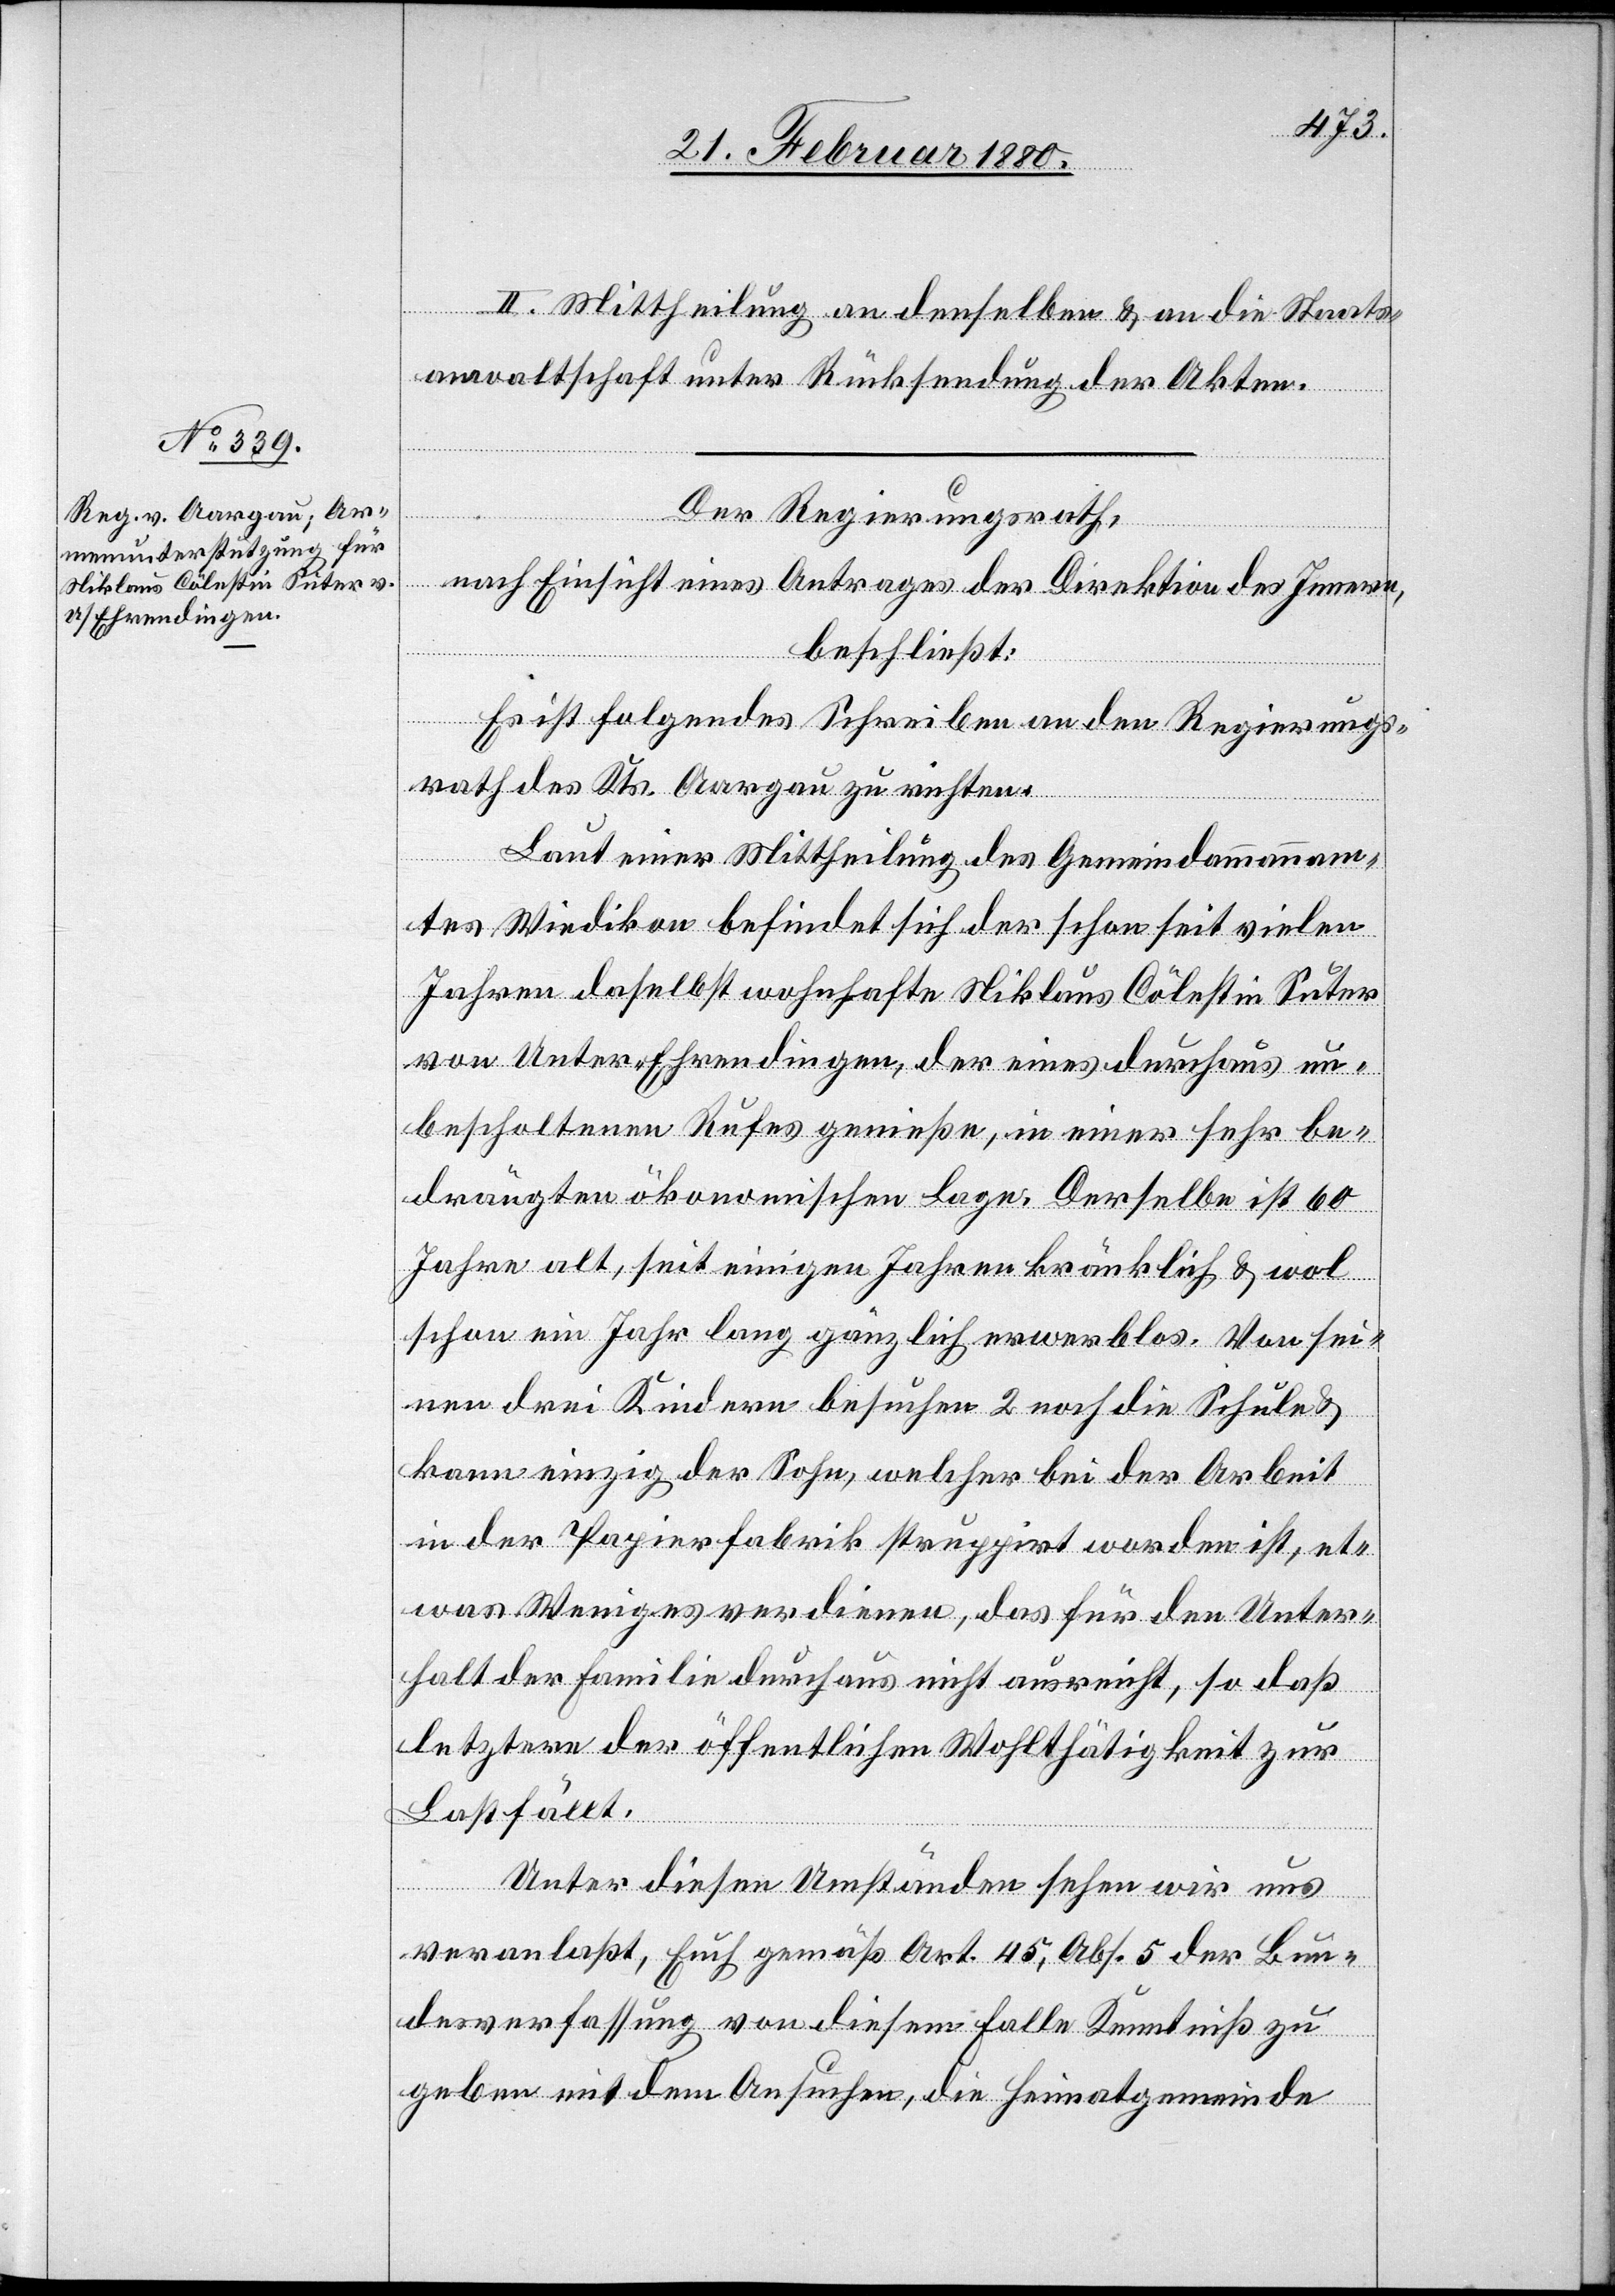
II. Mittheilung an denselben & an die Staats¬
anwaltschaft unter Rücksendung der Akten.
Der Regierungsrath,
nach Einsicht eines Antrages der Direktion des Innern,
beschließt:
Es ist folgendes Schreiben an den Regierungs¬
rath des Kts. Aargau zu richten:
Laut einer Mittheilung des Gemeindammannam¬
tes Wiedikon befindet sich der schon seit vielen
Jahren daselbst wohnhafte Niklaus Cölestin Suter
von Unter-Ehrendingen, der eines durchaus un¬
bescholtenen Rufes genieße, in einer sehr be¬
drängten ökonomischen Lage. Derselbe ist 60
Jahre alt, seit einigen Jahren kränklich & wol
schon ein Jahr lang gänzlich erwerblos. Von sei¬
nen drei Kindern besuchen 2 noch die Schule &
kann einzig der Sohn, welcher bei der Arbeit
in der Papierfabrik struppirt worden ist, et¬
was Weniges verdienen, das für den Unter¬
halt der Familie durchaus nicht ausreicht, so daß
letztere der öffentlichen Wohlthätigkeit zur
Last fällt.
Unter diesen Umständen sehen wir uns
veranlaßt, Euch gemäß Art. 45, Abs. 5 der Bun¬
desverfassung von diesem Falle Kenntniß zu
geben mit dem Ansuchen, die Heimatgemeinde